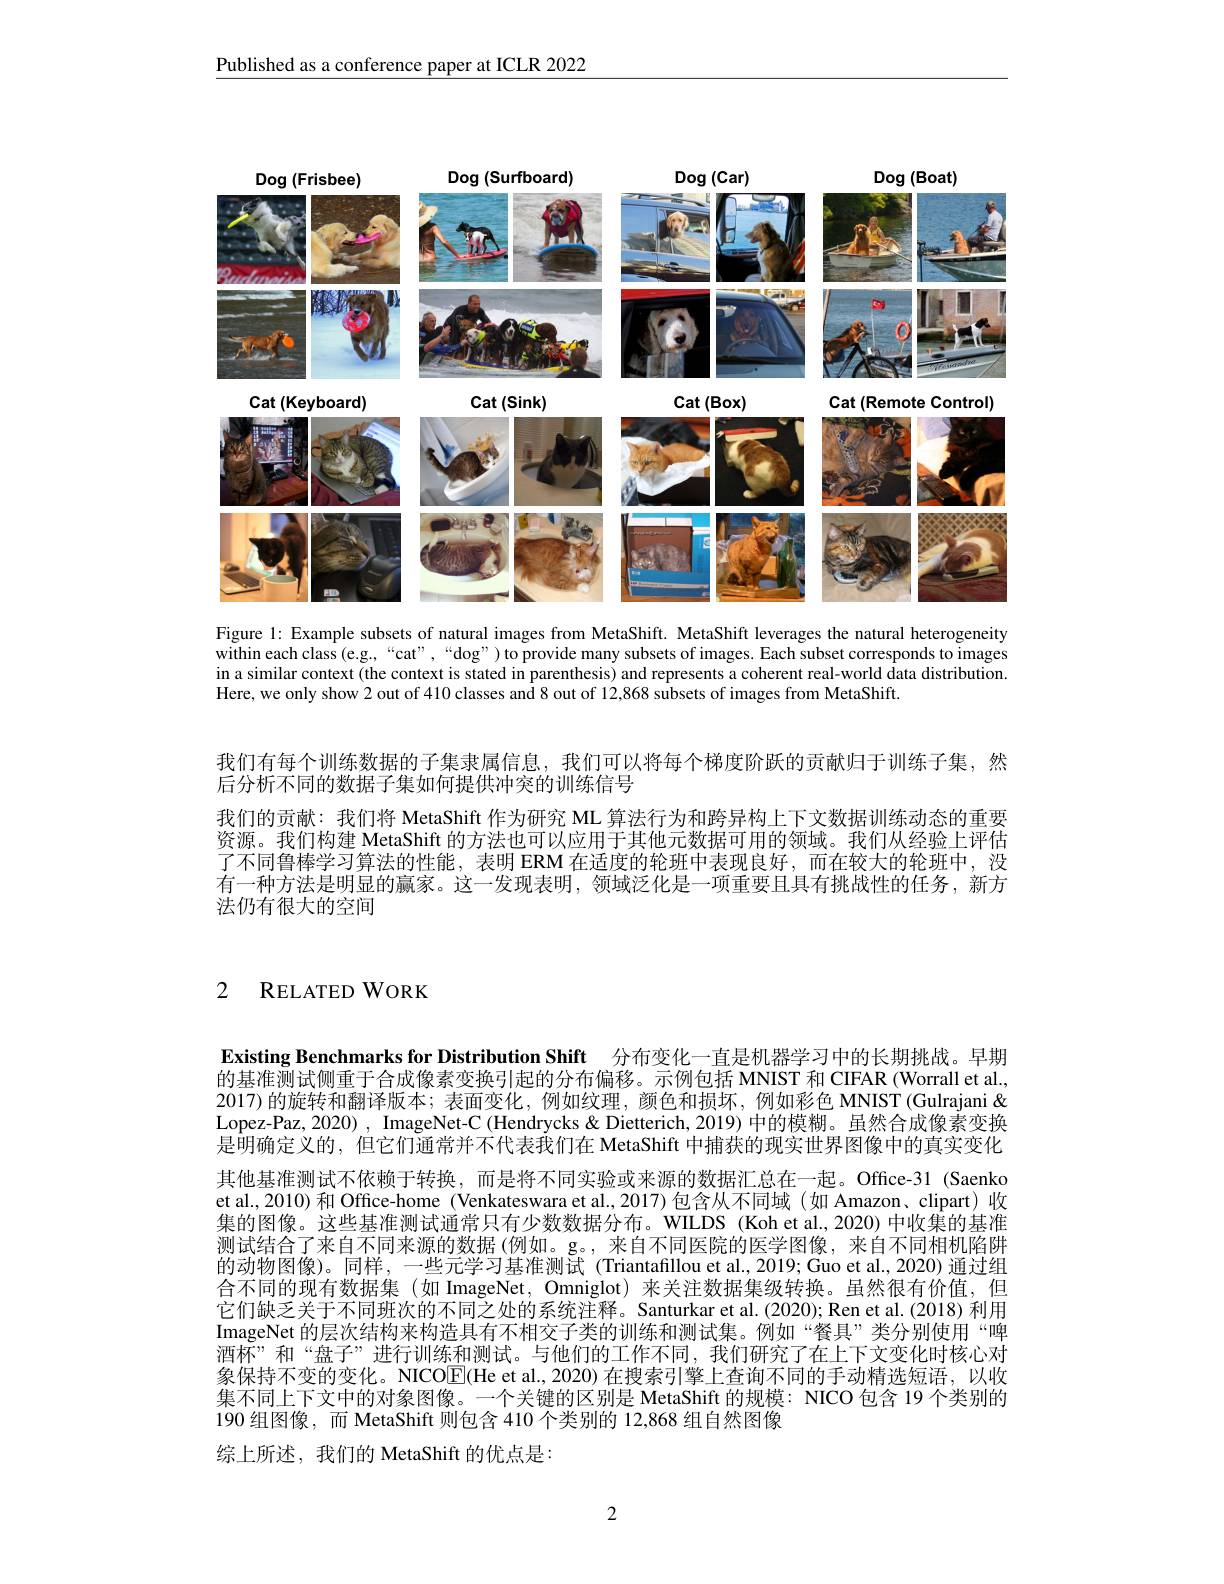
Published as a conference paper at ICLR 2022

<FigureHere>

Figure 1: Example subsets of natural images from MetaShift. MetaShift leverages the natural heterogeneity

within each class (e.g.,“cat”,“dog”) to provide many subsets of images. Each subset corresponds to images in a similar context (the context is stated in parenthesis) and represents a coherent real-world data distribution. Here, we only show 2 out of 410 classes and 8 out of 12,868 subsets of images from MetaShift.

我们有每个训练数据的子集隶属信息，我们可以将每个梯度阶跃的贡献归于训练子集，然
后分析不同的数据子集如何提供冲突的训练信号
我们的贡献：我们将 MetaShift 作为研究 ML 算法行为和跨异构上下文数据训练动态的重要资源。我们构建 MetaShift 的方法也可以应用于其他元数据可用的领域。我们从经验上评估了不同鲁棒学习算法的性能，表明 ERM 在适度的轮班中表现良好，而在较大的轮班中，没有一种方法是明显的赢家。这一发现表明，领域泛化是一项重要且具有挑战性的任务，新方法仍有很大的空间

# 2 RELATED WORK

Existing Benchmarks for Distribution Shift 分布变化一直是机器学习中的长期挑战。早期的基准测试侧重于合成像素变换引起的分布偏移。示例包括 MNIST 和 CIFAR (Worrall et al., 2017) 的旋转和翻译版本；表面变化，例如纹理，颜色和损坏，例如彩色 MNIST (Gulrajani & Lopez-Paz, 2020) , ImageNet-C (Hendrycks& Dietterich, 2019) 中的模糊。虽然合成像素变换是明确定义的，但它们通常并不代表我们在 MetaShift 中捕获的现实世界图像中的真实变化其他基准测试不依赖于转换，而是将不同实验或来源的数据汇总在一起。Office-31 (Saenko et al., 2010) 和 Office-home (Venkateswara et al., 2017)包含从不同域 (如 Amazon、clipart) 收集的图像。这些基准测试通常只有少数数据分布。WILDS (Koh et al., 2020) 中收集的基准测试结合了来自不同来源的数据(例如。g。,来自不同医院的医学图像，来自不同相机陷阱的动物图像)。同样，一些元学习基准测试(Triantafillou et al.,2019;Guo et al.,2020) 通过组合不同的现有数据集 (如 ImageNet, Omniglot) 来关注数据集级转换。虽然很有价值，但它们缺乏关于不同班次的不同之处的系统注释。Santurkar et al.(2020); Ren et al.(2018) 利用ImageNet 的层次结构来构造具有不相交子类的训练和测试集。例如“餐具”类分别使用“啤酒杯”和“盘子”进行训练和测试。与他们的工作不同，我们研究了在上下文变化时核心对象保持不变的变化。NICO$\underline{\mathrm{E}}($He et al., 2020) 在搜索引擎上查询不同的手动精选短语，以收集不同上下文中的对象图像。一个关键的区别是 MetaShift 的规模：NICO 包含 19 个类别的190 组图像，而 MetaShift 则包含 410 个类别的 12,868 组自然图像
综上所述，我们的 MetaShift 的优点是：

2